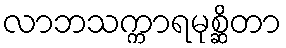
လာဘသက္ကာရမုစ္ဆိတာ